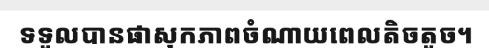
ទទួលបានផាសុកភាពចំណាយពេលតិចតួច។